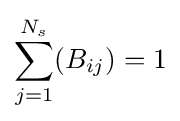
\sum _{j=1}^{N_{s}}(B_{ij})=1